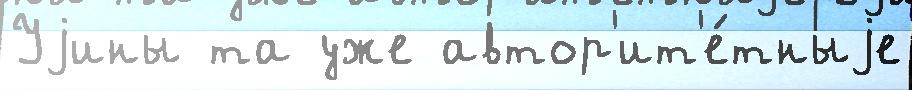
Уjины та уже автор'ит'е́тныjе